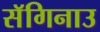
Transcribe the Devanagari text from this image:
सॅगिनाउ